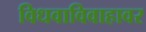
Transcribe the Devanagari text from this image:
विधवाविवाहावर